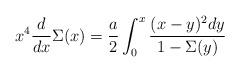
\begin{align*}x^4{d\over dx}\Sigma(x)={a\over2}\int_0^x{(x-y)^2dy\over1-\Sigma(y)}\end{align*}